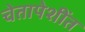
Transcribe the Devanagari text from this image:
चेतापेशींत